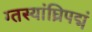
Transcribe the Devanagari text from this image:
ग्तस्यांघ्रिपद्मं